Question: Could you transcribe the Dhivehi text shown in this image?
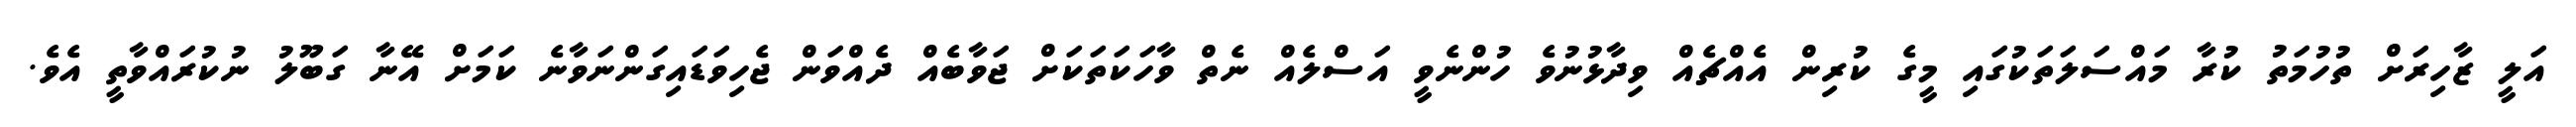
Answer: އަލީ ޒާހިރަށް ތުހުމަތު ކުރާ މައްސަލަތަކުގައި މީގެ ކުރިން އެއްޗެއް ވިދާޅުނުވެ ހުންނެވީ އަސްލެއް ނެތް ވާހަކަތަކަށް ޖަވާބެއް ދެއްވަން ޖެހިވަޑައިގަންނަވާނެ ކަމަށް އޭނާ ގަބޫލު ނުކުރައްވާތީ އެވެ.